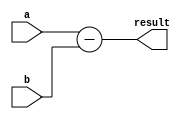
module subtractor(input [3:0] a, b,
                  output reg [3:0] result);

    assign result = a - b;
    
endmodule